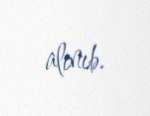
alınıb.